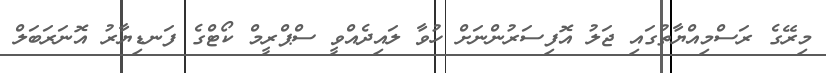
މިރޭގެ ރަސްމިއްޔާތުގައި ޖަލު އޮފިސަރުންނަށް ހުވާ ލައިދެއްވީ ސްޕްރީމް ކޯޓްގެ ފަނޑިޔާރު އޮނަރަބަލް